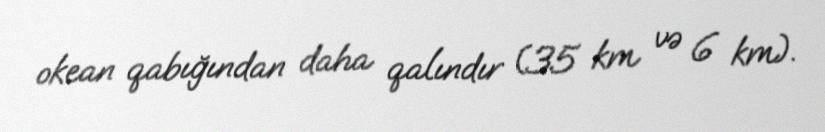
okean qabığından daha qalındır (35 km və 6 km).